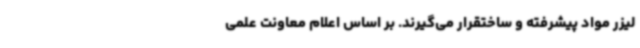
لیزر مواد پیشرفته و ساختقرار می‌گیرند. بر اساس اعلام معاونت علمی